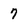
Character: 7